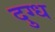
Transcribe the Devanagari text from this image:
दुग्‍ध